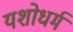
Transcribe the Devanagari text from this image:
यशोधर्म